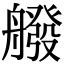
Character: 𦪑